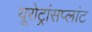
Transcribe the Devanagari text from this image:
यूरोट्रांसप्लांट